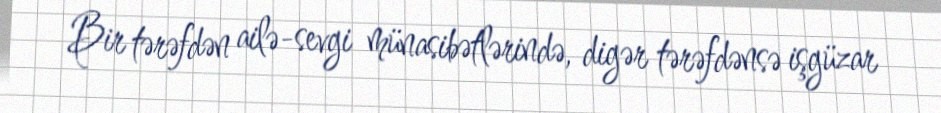
Bir tərəfdən ailə-sevgi münasibətlərində, digər tərəfdənsə işgüzar